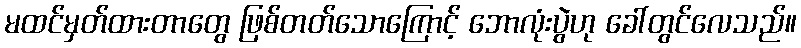
မထင်မှတ်ထားတာတွေ ဖြစ်တတ်သောကြောင့် ဘောလုံးပွဲဟု ခေါ်တွင်လေသည်။